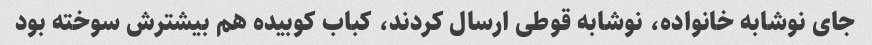
جای نوشابه خانواده، نوشابه قوطی ارسال کردند، کباب کوبیده هم بیشترش سوخته بود